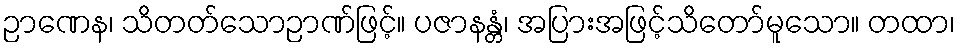
ဉာဏေန၊ သိတတ်သောဉာဏ်ဖြင့်။ ပဇာနန္တံ၊ အပြားအဖြင့်သိတော်မူသော။ တထာ၊